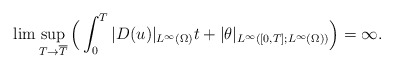
\begin{align*}\lim \sup_{ T \rightarrow \overline{T}} \Big (\int_0^T |D( u)|_{L^\infty(\Omega)}t+|\theta|_{L^\infty([0,T];L^\infty(\Omega))}\Big)=\infty.\end{align*}